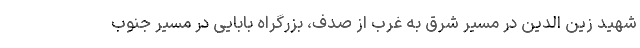
شهید زین الدین در مسیر شرق به غرب از صدف، بزرگراه بابایی در مسیر جنوب